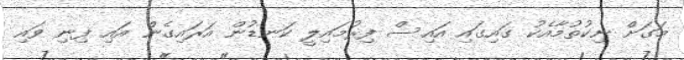
މަގަށް ނިކުތުމާއެކު ގައިގައި އައިސް ފިރުމައިލީ ކަނޑުން އަރައިގެން އައި ފިނި ވައި